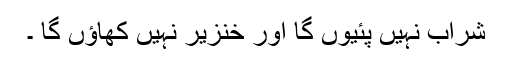
شراب نہیں پئیوں گا اور خنزیر نہیں کھاؤں گا ۔